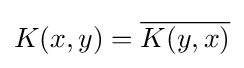
K(x,y)={\overline {K(y,x)}}